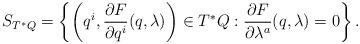
LaTeX: \begin{align*}S_{T^*Q}=\left \{ \left(q^i,\frac{\partial F}{ \partial q^i} (q,\lambda)\right)\in T^*Q: \frac{\partial F}{ \partial \lambda^a} (q,\lambda)=0 \right \}.\end{align*}